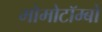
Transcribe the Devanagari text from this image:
मोमोटॉम्बो